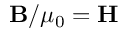
\mathbf { B } / \mu _ { 0 } = \mathbf { H }